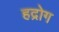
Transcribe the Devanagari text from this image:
हद्रोग